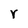
Character: r